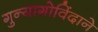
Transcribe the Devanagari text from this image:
गुन्यागोविंदाने